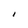
Character: I